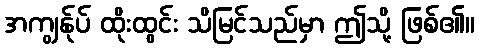
အကျွန်ုပ် ထိုးထွင်း သိမြင်သည်မှာ ဤသို့ ဖြစ်၏။